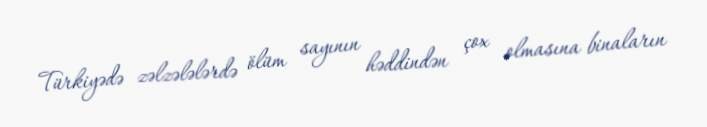
Türkiyədə zəlzələlərdə ölüm sayının həddindən çox olmasına binaların